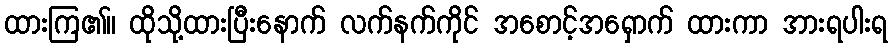
ထားကြ၏။ ထိုသို့ထားပြီးနောက် လက်နက်ကိုင် အစောင့်အရှောက် ထားကာ အားရပါးရ